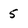
Character: 5